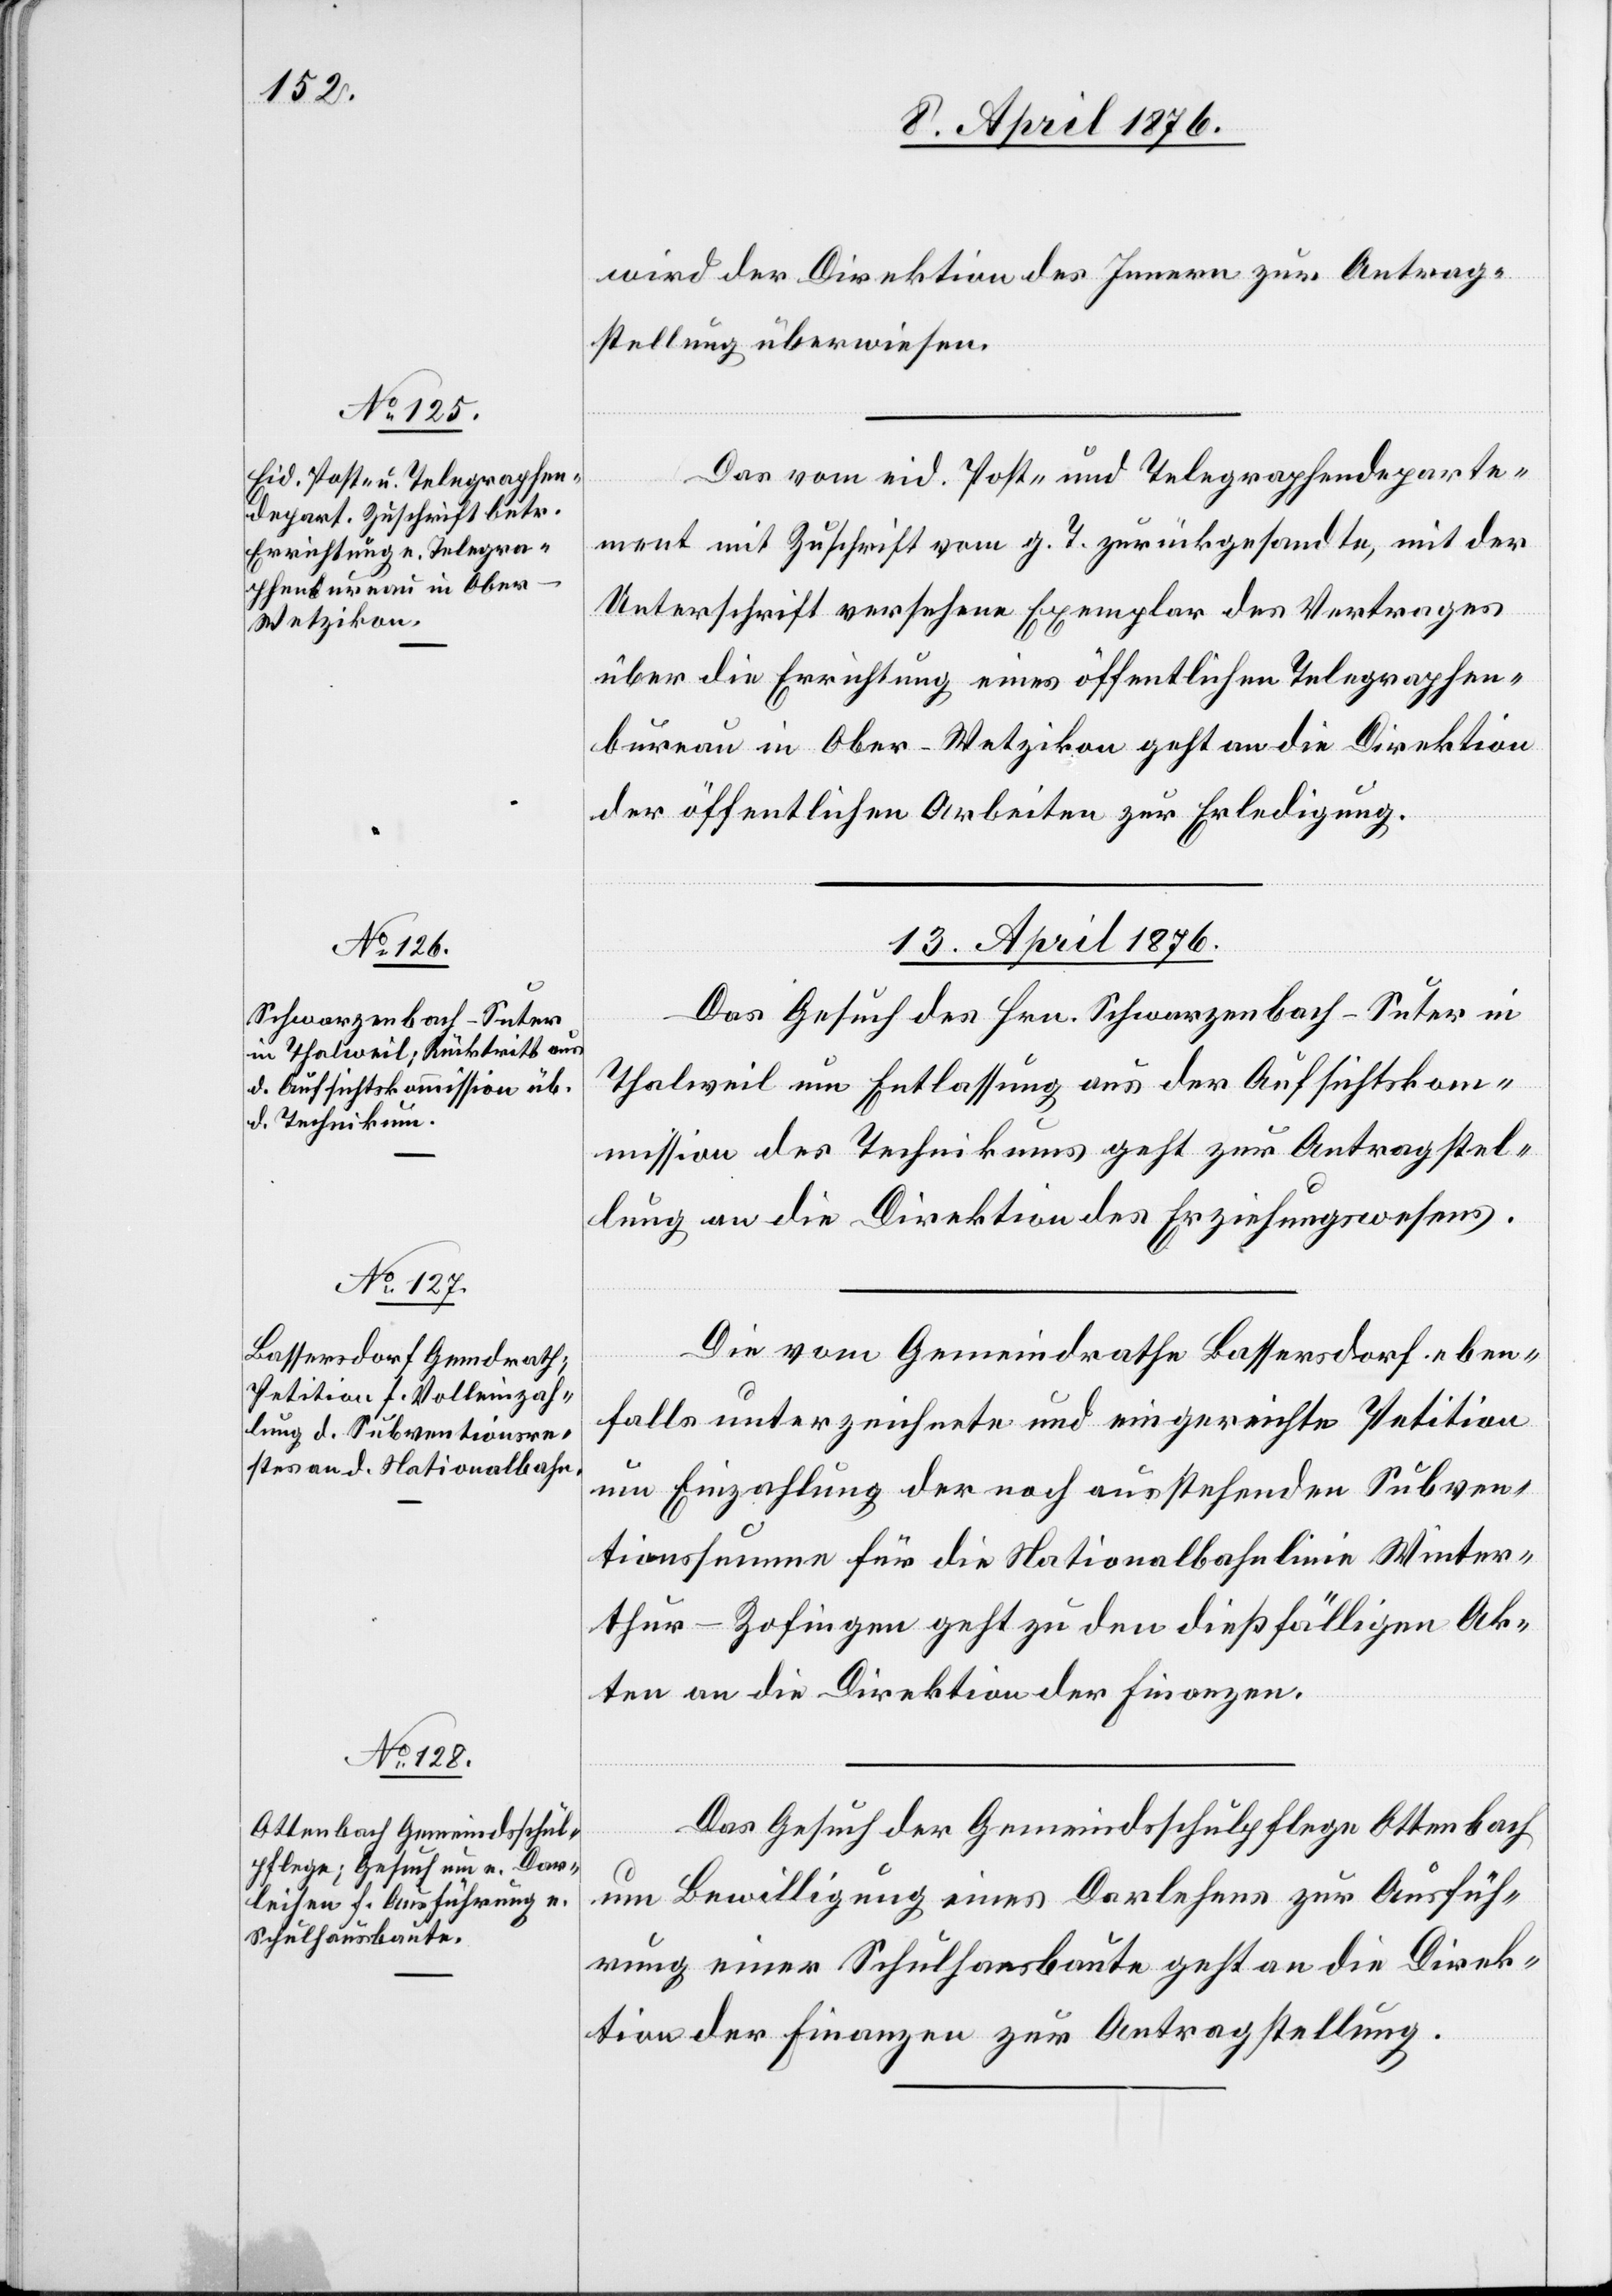
12. April 1876.]
wird der Direktion des Innern zur Antrag¬
stellung überwiesen.
Das vom eid. Post- und Telegraphendeparte¬
ment mit Zuschrift vom g. T. zurückgesandte, mit der
Unterschrift versehene Exemplar des Vertrages
über die Errichtung eines öffentlichen Telegraphen¬
bureau in Ober-Wetzikon geht an die Direktion
der öffentlichen Arbeiten zur Erledigung.
13. April 1876.]
Das Gesuch des Hrn. Schwarzenbach-Suter in
Thalweil um Entlassung aus der Aufsichtskom¬
mission des Technikums geht zur Antragstel¬
lung an die Direktion des Erziehungswesens.
Die vom Gemeindrathe Bassersdorf eben¬
falls unterzeichnete und eingereichte Petition
um Einzahlung der noch ausstehenden Subven¬
tionssumme für die Nationalbahnlinie Winter¬
thur–Zofingen geht zu den dießfälligen Ak¬
ten an die Direktion der Finanzen.
Das Gesuch der Gemeindsschulpflege Ottenbach
um Bewilligung eines Darlehens [sic!] zur Ausfüh¬
rung einer Schulhausbaute geht an die Direk¬
tion der Finanzen zur Antragstellung.